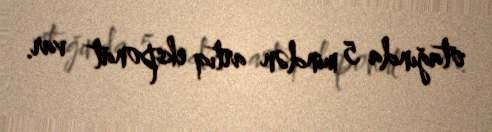
otağında 5 mindən artıq eksponat var.